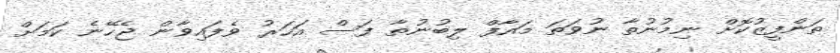
ތަންފީޒުކޮށް ނިމުނުތާ ނުވަތަ މައާފް ލިބުނުތާ ފަސް އަހަރު ވެފައިވާން ޖެހޭނެ ކަމަށް